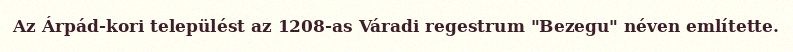
Az Árpád-kori települést az 1208-as Váradi regestrum "Bezegu" néven említette.